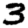
Digit: 3